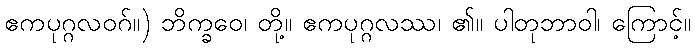
ဧကပုဂ္ဂလဝဂ်။) ဘိက္ခဝေ၊ တို့။ ဧကပုဂ္ဂလဿ၊ ၏။ ပါတုဘာဝါ၊ ကြောင့်။